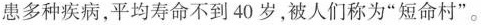
患多种疾病，平均寿命不到40岁，被人们称为”短命村”。